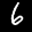
Label: 6